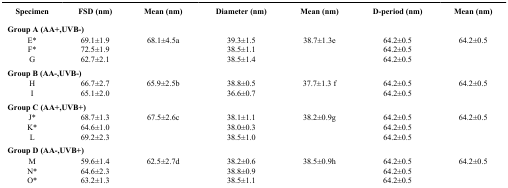
| Specimen | FSD (nm) | Mean (nm) | Diameter (nm) | Mean (nm) | D-period (nm) | Mean (nm) |
 | --- | --- | --- | --- | --- | --- | --- |
 | <COLSPAN=7> Group A (AA+,UVB-) |
 | E* | 69.1±1.9 | 68.1±4.5a | 39.3±1.5 | 38.7±1.3e | 64.2±0.5 | 64.2±0.5 |
 | F* | 72.5±1.9 |  | 38.5±1.1 |  | 64.2±0.5 |  |
 | G | 62.7±2.1 |  | 38.5±1.4 |  | 64.2±0.5 |  |
 | <COLSPAN=7> Group B (AA-,UVB-) |
 | H | 66.7±2.7 | 65.9±2.5b | 38.8±0.5 | 37.7±1.3 f | 64.2±0.5 | 64.2±0.5 |
 | I | 65.1±2.0 |  | 36.6±0.7 |  | 64.2±0.5 |  |
 | <COLSPAN=7> Group C (AA+,UVB+) |
 | J* | 68.7±1.3 | 67.5±2.6c | 38.1±1.1 | 38.2±0.9g | 64.2±0.5 | 64.2±0.5 |
 | K* | 64.6±1.0 |  | 38.0±0.3 |  | 64.2±0.5 |  |
 | L | 69.2±2.3 |  | 38.5±1.0 |  | 64.2±0.5 |  |
 | <COLSPAN=7> Group D (AA-,UVB+) |
 | M | 59.6±1.4 | 62.5±2.7d | 38.2±0.6 | 38.5±0.9h | 64.2±0.5 | 64.2±0.5 |
 | N* | 64.6±2.3 |  | 38.8±0.9 |  | 64.2±0.5 |  |
 | O* | 63.2±1.3 |  | 38.5±1.1 |  | 64.2±0.5 |  |